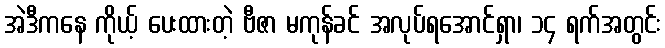
အဲဒီကနေ ကိုယ့် ပေးထားတဲ့ ဗီဇာ မကုန်ခင် အလုပ်ရအောင်ရှာ၊ ၁၄ ရက်အတွင်း